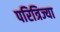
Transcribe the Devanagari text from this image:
परित्रिज्या